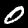
Label: 0